Vaccination United Provinces of Agra and Oudh 1902-1913 - 1902-1913
Year: 1902
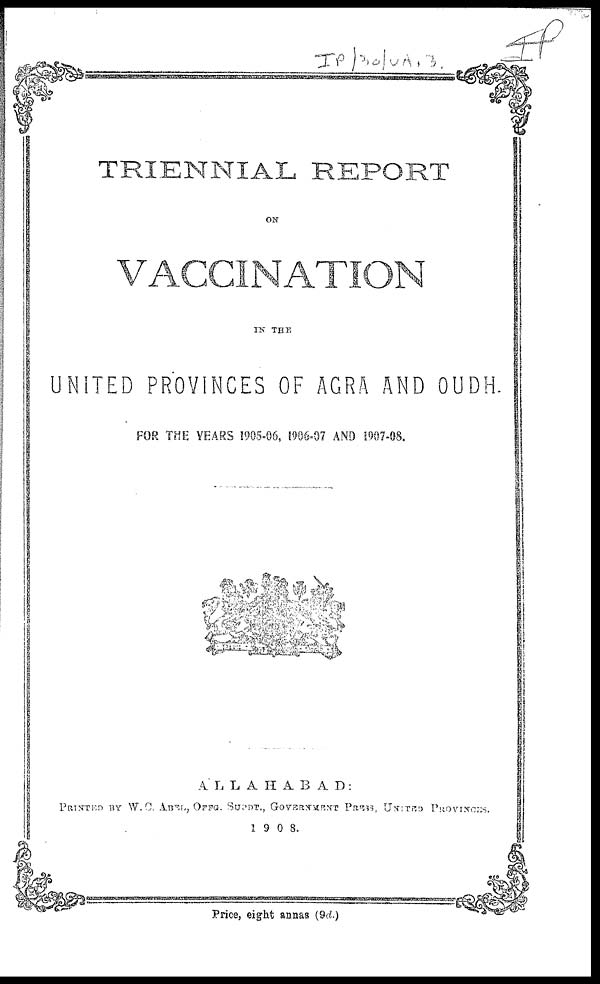
TRIENNIAL REPORT
ON
VACCINATION
IN THE
UNITED PROVINCES OF AGRA AND OUDH
FOR THE YEARS 1905-06, 1906-07 AND 1907-08.
ALLAHABAD:
PRINTED BY W. C. ABEL, OFFG. SUPDT., GOVERNMENT PRESS, UNITED PROVINCES.
1908.
Price, eight annas (9d.)